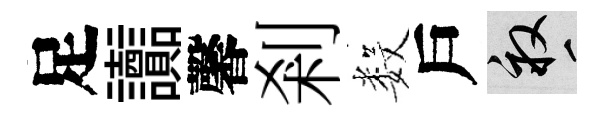
足讟馨剎数戶畝